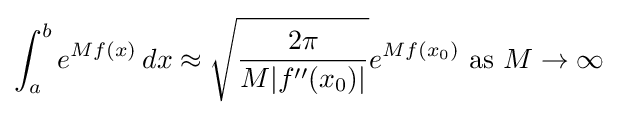
\int _{a}^{b}e^{Mf(x)}\,dx\approx {\sqrt {\frac {2\pi }{M|f''(x_{0})|}}}e^{Mf(x_{0})}{\text{ as }}M\to \infty